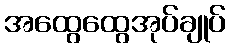
အထွေထွေအုပ်ချုပ်